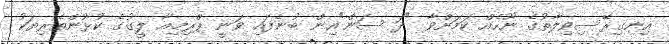
އިނގިރޭސިވިލާތުގެ ނޫހެއް ކަމަށްވާ "ދަ ސަން"އިން ބުނެފައި ވަނީ ޕްރިމިއާ ލީގުގެ ކުޅުންތެރިޔަކު